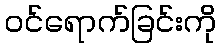
ဝင်ရောက်ခြင်းကို